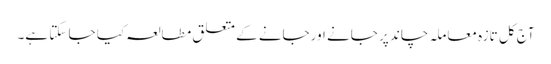
آج کل تازہ معاملہ چاند پر جانے اورجانے کے متعلق مطالعہ کیا جا سکتا ہے۔